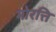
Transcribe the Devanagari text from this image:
मोरत्ति